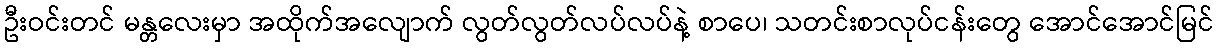
ဦးဝင်းတင် မန္တလေးမှာ အထိုက်အလျောက် လွတ်လွတ်လပ်လပ်နဲ့ စာပေ၊ သတင်းစာလုပ်ငန်းတွေ အောင်အောင်မြင်